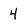
Character: 4